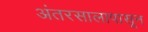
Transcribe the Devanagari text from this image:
अंतरसालापासून